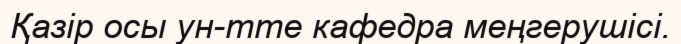
Қазір осы ун-тте кафедра меңгерушісі.